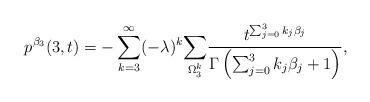
LaTeX: \begin{align*}p^{\beta_3}(3,t)=-\sum_{k=3}^{\infty}(-\lambda)^k\underset{\Omega^{k}_{3}}{\sum}\frac{t^{\sum_{j=0}^3k_j\beta_j}}{\Gamma\left(\sum_{j=0}^3k_j\beta_j+1\right)},\end{align*}